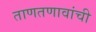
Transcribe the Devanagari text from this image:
ताणतणावांची